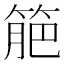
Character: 䈈